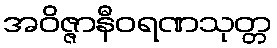
အဝိဇ္ဇာနီဝရဏသုတ္တ